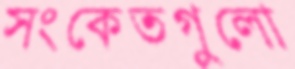
সংকেতগুলো